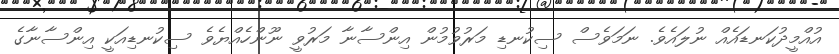
އުއްމީދުކަނޑައެއް ނުލައެވެ. ނަމަވެސް ސިކުނޑި މަރުވުމުން އިންސާނާ މަރުވީ ނޫންހެއްޔެވެ ސިކުނޑިއަކީ އިންސާނާގެ